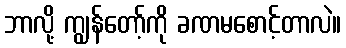
ဘာလို့ ကျွန်တော့်ကို ခဏမစောင့်တာလဲ။